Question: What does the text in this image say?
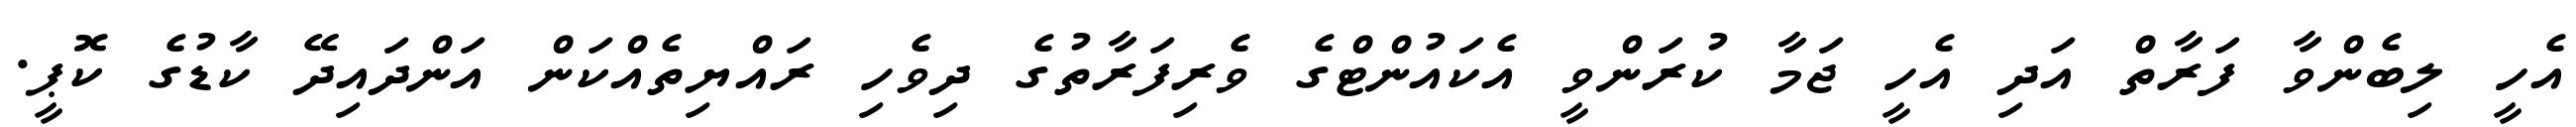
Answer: އެހީ ލިބެންވާ ފަރާތް އަދި އެހީ ޖަމާ ކުރަންވީ އެކައުންޓްގެ ވެރިފަރާތުގެ ދިވެހި ރައްޔިތެއްކަން އަންދައިދޭ ކާޑުގެ ކޮޕީ.